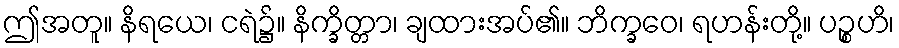
ဤအတူ။ နိရယေ၊ ငရဲ၌။ နိက္ခိတ္တာ၊ ချထားအပ်၏။ ဘိက္ခဝေ၊ ရဟန်းတို့။ ပဉ္စဟိ၊